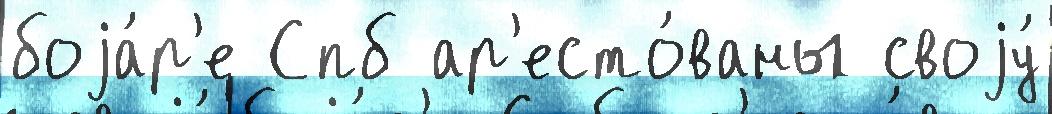
боjа́р'е Спб ар'есто́ваны своjу́